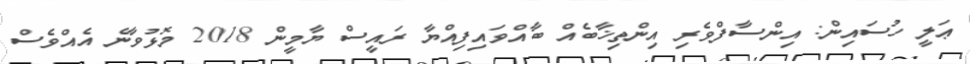
ޢަލީ ހުސައިން: އިންސާފްވެރި އިންތިޚާބެއް ބާއްވައިފިއްޔާ ރައީސް ޔާމީން 2018 މޮޅުވާނެ އެއްވެސް